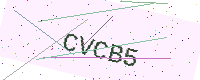
Text: CVCB5